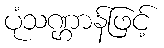
ပုံသဏ္ဌာန်ဖြင့်